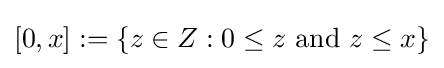
[0,x]:=\{z\in Z:0\leq z{\text{ and }}z\leq x\}